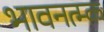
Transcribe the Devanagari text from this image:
भावनत्म्क